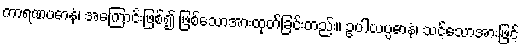
ကာရဏပဓာနံ၊ အကြောင်းဖြစ်၍ ဖြစ်သောအားထုတ်ခြင်းတည်း။ ဥပါယပ္ပဓာနံ၊ သင့်သောအားဖြင့်